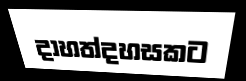
දාහත්දහසකට